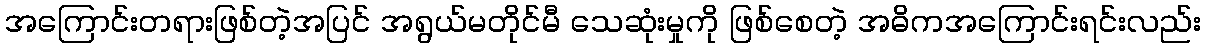
အကြောင်းတရားဖြစ်တဲ့အပြင် အရွယ်မတိုင်မီ သေဆုံးမှုကို ဖြစ်စေတဲ့ အဓိကအကြောင်းရင်းလည်း